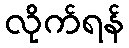
လိုက်ရန်